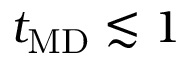
t _ { \mathrm { M D } } \lesssim 1